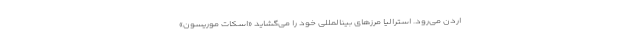
اردن می‌رود. استرالیا مرزهای بینالمللی خود را می‌گشاید «اسکات موریسون»